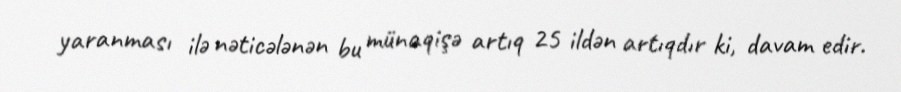
yaranması ilə nəticələnən bu münaqişə artıq 25 ildən artıqdır ki, davam edir.